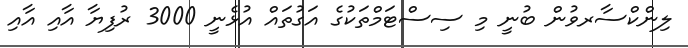
ލިންކްސާރވުން ބުނީ މި ސިސްޓަމްތަކުގެ އަގުތައް އުޅެނީ 3000 ރުފިޔާ އާއި އާއި